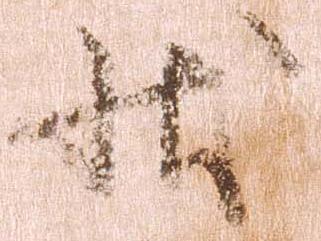
状